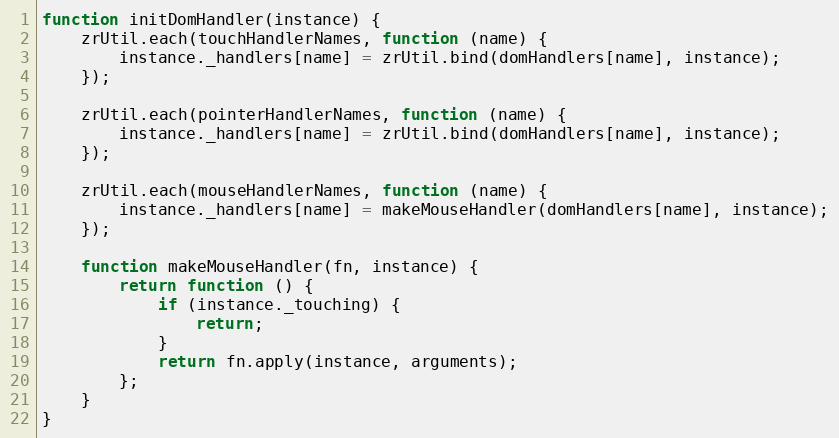
Language: JavaScript
function initDomHandler(instance) {
    zrUtil.each(touchHandlerNames, function (name) {
        instance._handlers[name] = zrUtil.bind(domHandlers[name], instance);
    });

    zrUtil.each(pointerHandlerNames, function (name) {
        instance._handlers[name] = zrUtil.bind(domHandlers[name], instance);
    });

    zrUtil.each(mouseHandlerNames, function (name) {
        instance._handlers[name] = makeMouseHandler(domHandlers[name], instance);
    });

    function makeMouseHandler(fn, instance) {
        return function () {
            if (instance._touching) {
                return;
            }
            return fn.apply(instance, arguments);
        };
    }
}